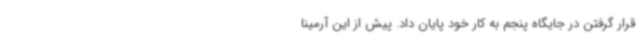
قرار گرفتن در جایگاه پنجم به کار خود پایان داد. پیش از این آرمینا